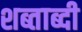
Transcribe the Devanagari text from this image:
शब्ताब्दी